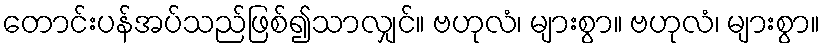
တောင်းပန်အပ်သည်ဖြစ်၍သာလျှင်။ ဗဟုလံ၊ များစွာ။ ဗဟုလံ၊ များစွာ။